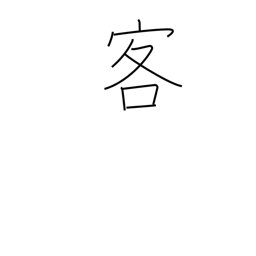
Meaning: customer